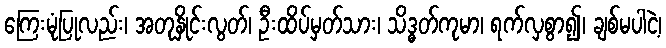
ကြေးမုံပြုလည်း၊ အတုနှိုင်းလွတ်၊ ဦးထိပ်မှတ်သား၊ သိဒ္ဓတ်ကုမာ၊ ရက်လှစွာ၍၊ ချစ်မပါငဲ့၊